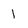
Character: l